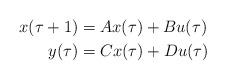
LaTeX: \begin{align*}x(\tau +1)&=Ax(\tau)+Bu(\tau) \\y(\tau)&=Cx(\tau)+Du(\tau)\end{align*}